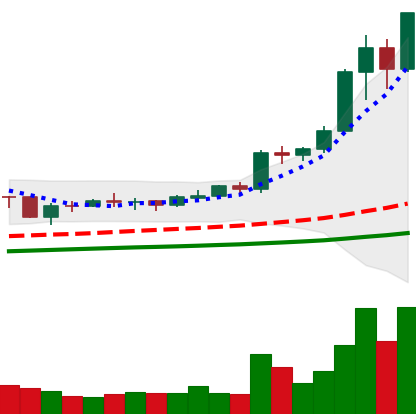
Ticker: BNB-USD
Chart end date: 2021-02-08
Forward return: 67.168%
Label: up_7plus